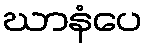
ဃာနံပေ